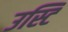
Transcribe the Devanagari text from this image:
उस्टि